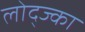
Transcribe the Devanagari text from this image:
लोद्ज्का